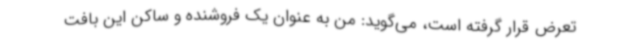
تعرض قرار گرفته است، می‌گوید: من به عنوان یک فروشنده و ساکن این بافت